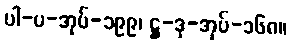
ပါ-ပ-အုပ်-၁၉၉၊ ဋ္ဌ-ဒု-အုပ်-၁၆၈။